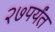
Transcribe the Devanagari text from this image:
२७पर्यंत